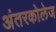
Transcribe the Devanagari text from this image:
अंतरकोलेज